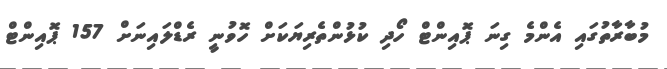
މުބާރާތުގައި އެންމެ ގިނަ ޕޮއިންޓް ހޯދި ކުޅުންތެރިޔަކަށް ހޮވުނީ ރެޑްލައިނަށް 157 ޕޮއިންޓް